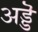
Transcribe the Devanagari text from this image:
अड्डॆ